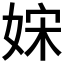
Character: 𡜻